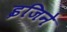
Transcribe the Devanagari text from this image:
इजिने